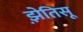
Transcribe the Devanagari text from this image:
झ़ेतिसू